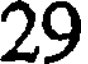
29